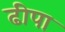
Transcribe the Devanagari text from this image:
ढीपा